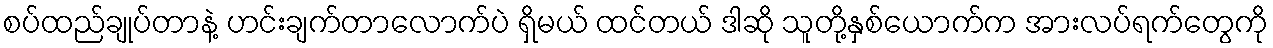
စပ်ထည်ချုပ်တာနဲ့ ဟင်းချက်တာလောက်ပဲ ရှိမယ် ထင်တယ် ဒါဆို သူတို့နှစ်ယောက်က အားလပ်ရက်တွေကို